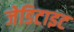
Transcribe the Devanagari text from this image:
जेडिटाइट